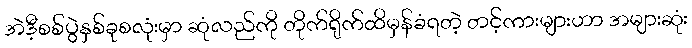
အဲဒီ့စစ်ပွဲနှစ်ခုစလုံးမှာ ဆုံလည်ကို တိုက်ရိုက်ထိမှန်ခံရတဲ့ တင့်ကားများဟာ အများဆုံး